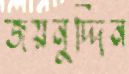
জয়নুদ্দিন